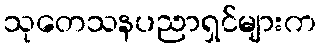
သုတေသနပညာရှင်များက